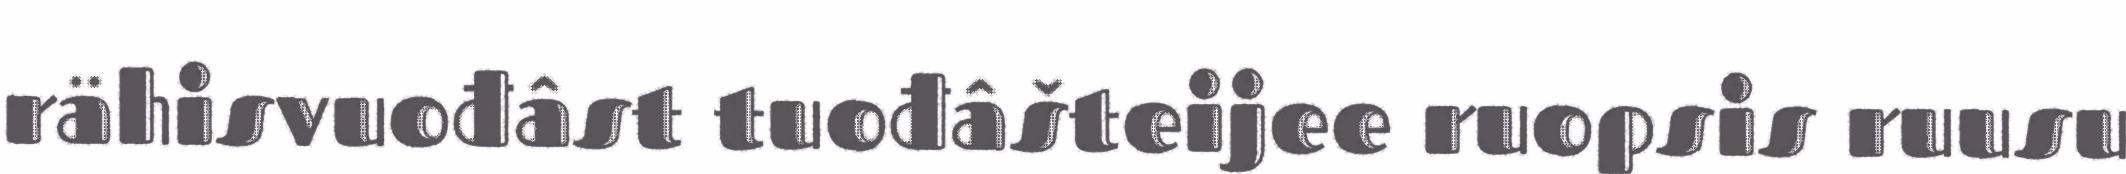
rähisvuođâst tuođâšteijee ruopsis ruusu